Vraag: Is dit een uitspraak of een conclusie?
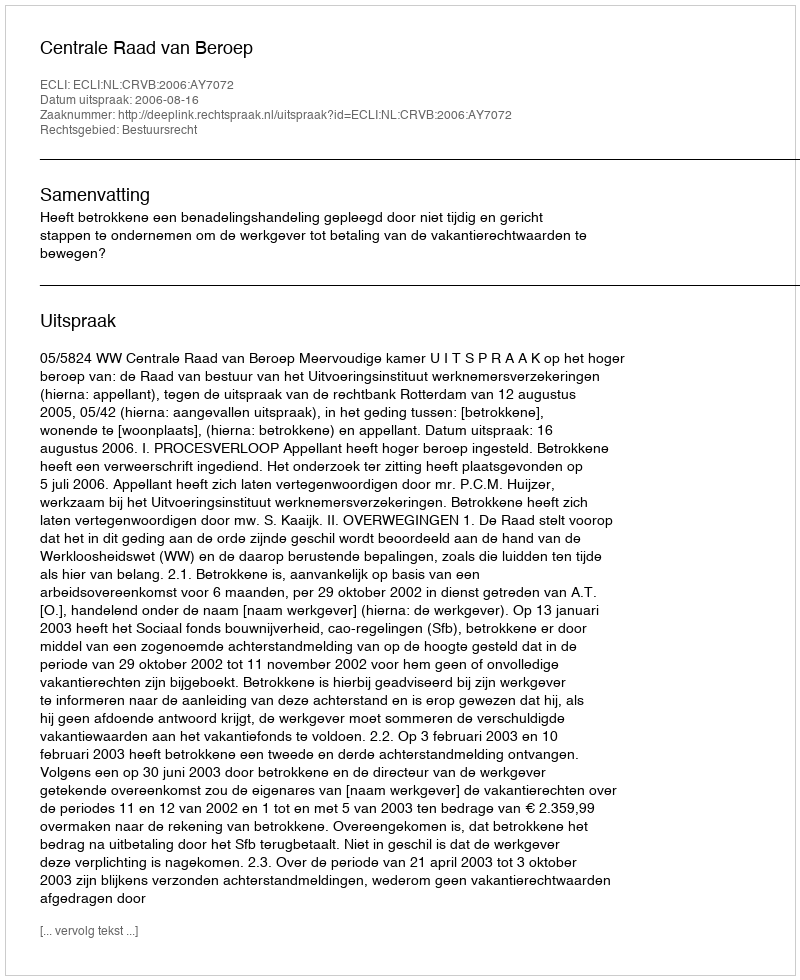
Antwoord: Uitspraak